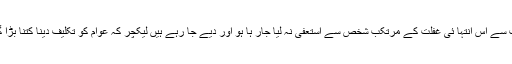
حکومت سے اِس انتہا ئی غفلت کے مرتکب شخص سے استعفیٰ نہ لیا جار ہا ہو اور دیے جا رہے ہیں لیکچر کہ عوام کو تکلیف دینا کتنا بڑا گناہ ہے۔